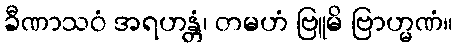
ခီဏာသဝံ အရဟန္တံ၊ တမဟံ ဗြူမိ ဗြာဟ္မဏံ။